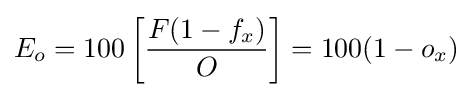
E_{o}=100\left[{\frac {F(1-f_{x})}{O}}\right]=100(1-o_{x})